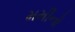
મમીનો